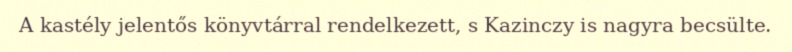
A kastély jelentős könyvtárral rendelkezett, s Kazinczy is nagyra becsülte.